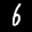
Label: 6